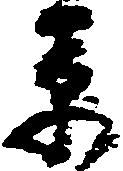
草